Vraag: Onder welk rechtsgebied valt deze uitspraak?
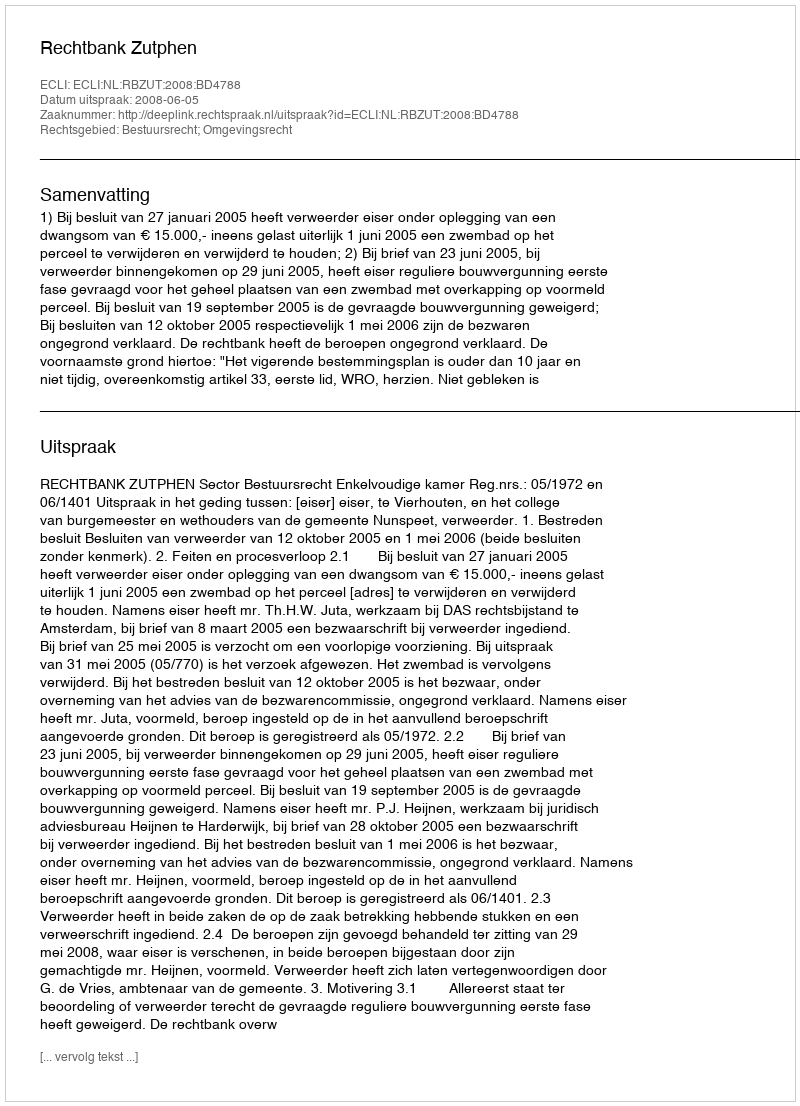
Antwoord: Bestuursrecht; Omgevingsrecht